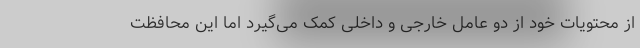
از محتویات خود از دو عامل خارجی و داخلی کمک می‌گیرد اما این محافظت